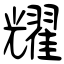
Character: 耀